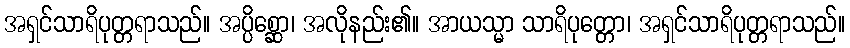
အရှင်သာရိပုတ္တရာသည်။ အပ္ပိစ္ဆော၊ အလိုနည်း၏။ အာယသ္မာ သာရိပုတ္တော၊ အရှင်သာရိပုတ္တရာသည်။